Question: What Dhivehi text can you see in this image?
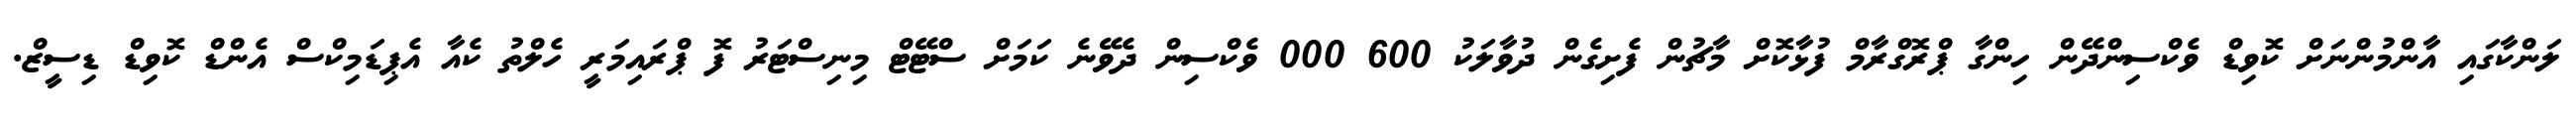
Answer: ލަންކާގައި އާންމުންނަށް ކޮވިޑް ވެކްސިންދޭން ހިންގާ ޕްރޮގްރާމް ފުޅާކޮށް މާޗުން ފެށިގެން ދުވާލަކު 600 000 ވެކްސިން ދެވޭނެ ކަމަށް ސްޓޭޓް މިނިސްޓަރު ފޮ ޕްރައިމަރީ ހެލްތު ކެއާ އެޕިޑަމިކްސް އެންޑް ކޮވިޑް ޑިސީޒް.